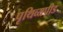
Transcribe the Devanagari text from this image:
पृथिव्यपीड